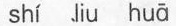
shí liu huā